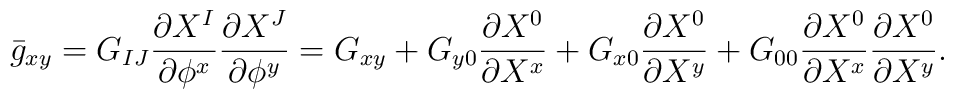
\bar{g}_{xy}=G_{IJ}\frac{\partial{X^{I}}}{\partial{{\phi}^{x}}}\frac{\partial{X^{J}}}{\partial{{\phi}^{y}}}=G_{xy}+G_{y0}\frac{\partial{X^{0}}}{\partial{X^{x}}}+G_{x0}\frac{\partial{X^{0}}}{\partial{X^{y}}}+G_{00}\frac{\partial{X^{0}}}{\partial{X^{x}}}\frac{\partial{X^{0}}}{\partial{X^{y}}}.